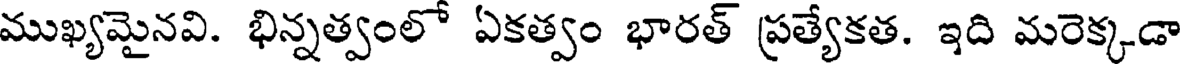
ముఖ్యమైనవి. భిన్నత్వంలో ఏకత్వం భారత్ ప్రత్యేకత. ఇది మరెక్కడా